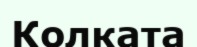
Колката